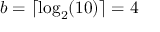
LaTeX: b = \lceil \log _ { 2 } ( 1 0 ) \rceil = 4